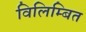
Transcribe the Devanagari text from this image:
विलिम्बित